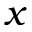
x